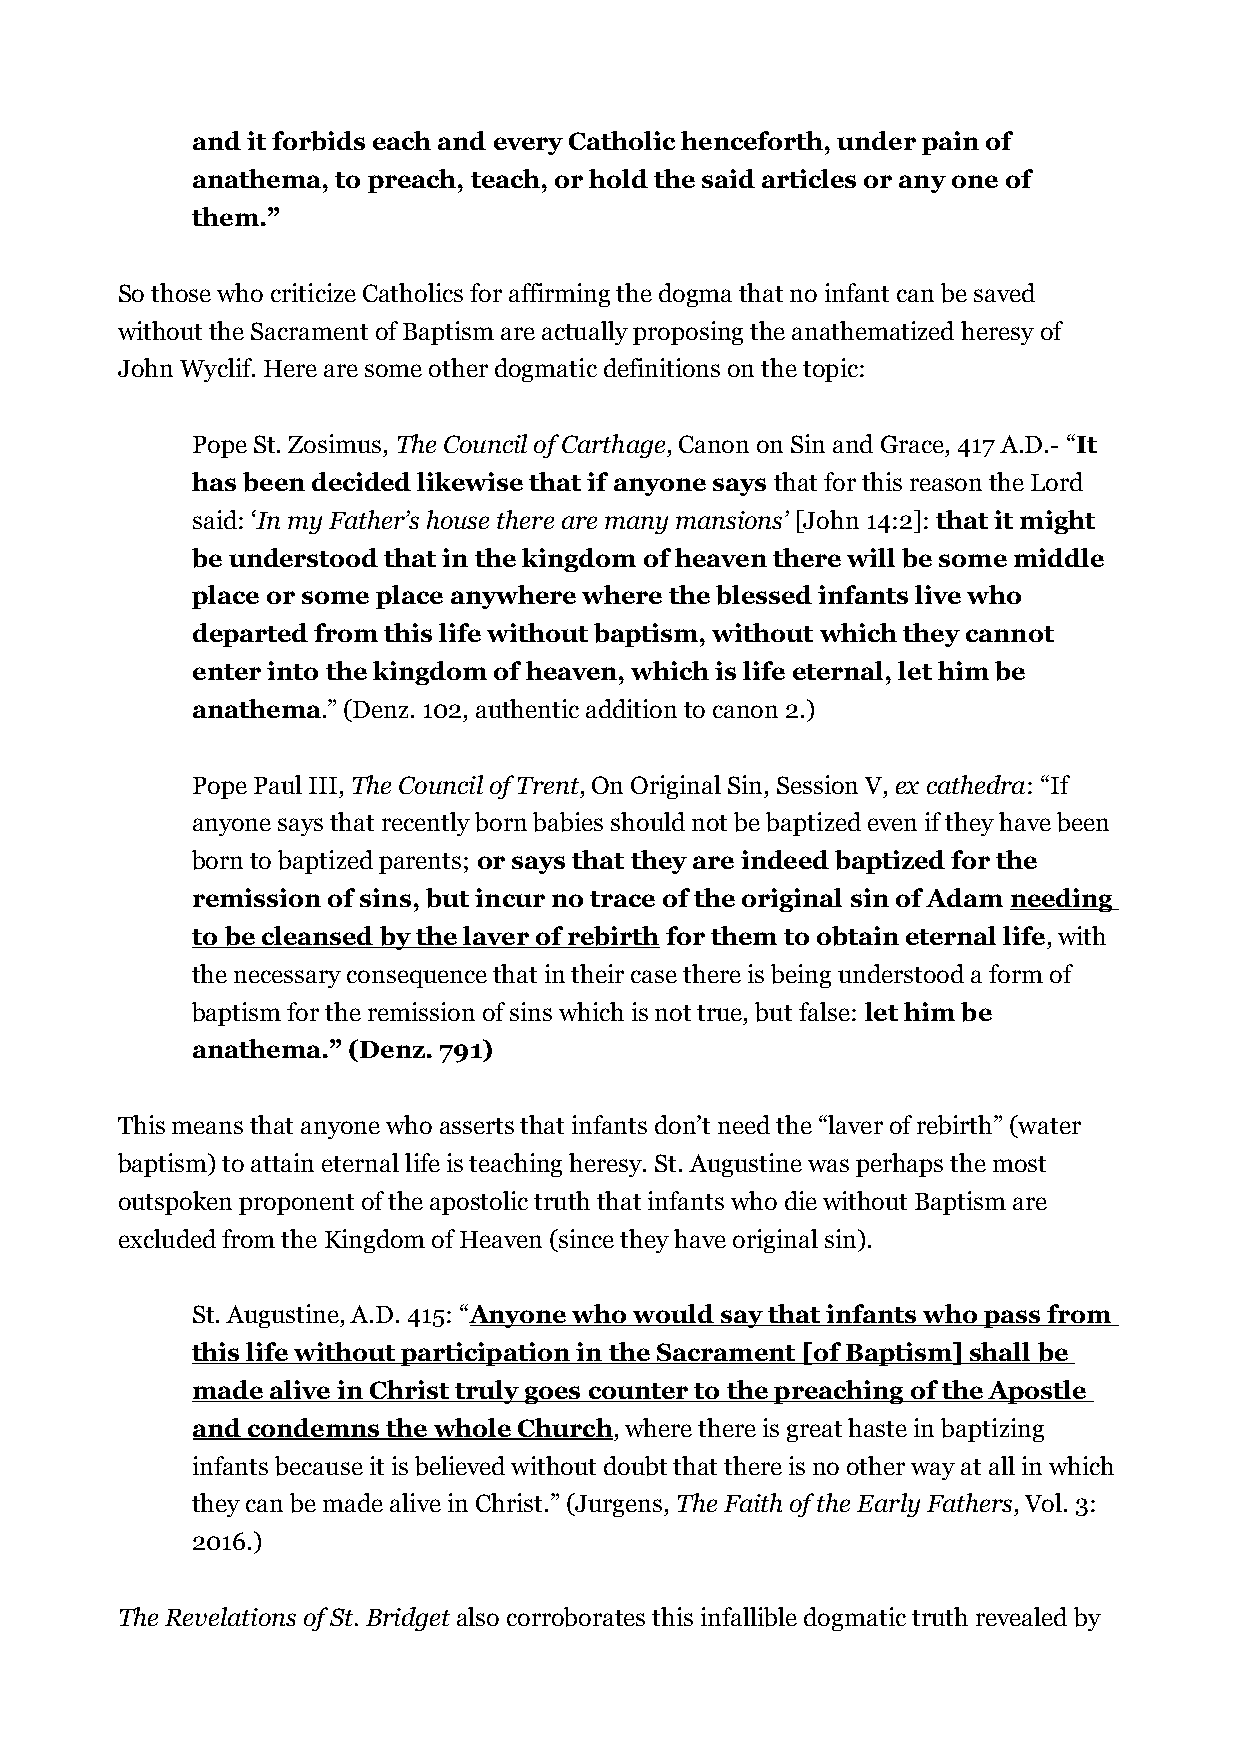
and it forbids each and every Catholic henceforth, under pain of
 anathema, to preach, teach, or hold the said articles or any one of
 them.”
 So those who criticize Catholics for affirming the dogma that no infant can be saved
 without the Sacrament of Baptism are actually proposing the anathematized heresy of
 John Wyclif. Here are some other dogmatic definitions on the topic:
 Pope St. Zosimus, The Council of Carthage, Canon on Sin and Grace, 417 A.D.- “It
 has been decided likewise that if anyone says that for this reason the Lord
 said: ‘In my Father’s house there are many mansions’ [John 14:2]: that it might
 be understood that in the kingdom of heaven there will be some middle
 place or some place anywhere where the blessed infants live who
 departed from this life without baptism, without which they cannot
 enter into the kingdom of heaven, which is life eternal, let him be
 anathema.” (Denz. 102, authentic addition to canon 2.)
 Pope Paul III, The Council of Trent, On Original Sin, Session V, ex cathedra: “If
 anyone says that recently born babies should not be baptized even if they have been
 born to baptized parents; or says that they are indeed baptized for the
 remission of sins, but incur no trace of the original sin of Adam needing
 to be cleansed by the laver of rebirth for them to obtain eternal life, with
 the necessary consequence that in their case there is being understood a form of
 baptism for the remission of sins which is not true, but false: let him be
 anathema.” (Denz. 791)
 This means that anyone who asserts that infants don’t need the “laver of rebirth” (water
 baptism) to attain eternal life is teaching heresy. St. Augustine was perhaps the most
 outspoken proponent of the apostolic truth that infants who die without Baptism are
 excluded from the Kingdom of Heaven (since they have original sin).
 St. Augustine, A.D. 415: “Anyone who would say that infants who pass from
 this life without participation in the Sacrament [of Baptism] shall be
 made alive in Christ truly goes counter to the preaching of the Apostle
 and condemns the whole Church, where there is great haste in baptizing
 infants because it is believed without doubt that there is no other way at all in which
 they can be made alive in Christ.” (Jurgens, The Faith of the Early Fathers, Vol. 3:
 2016.)
 The Revelations of St. Bridget also corroborates this infallible dogmatic truth revealed by